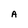
Character: A